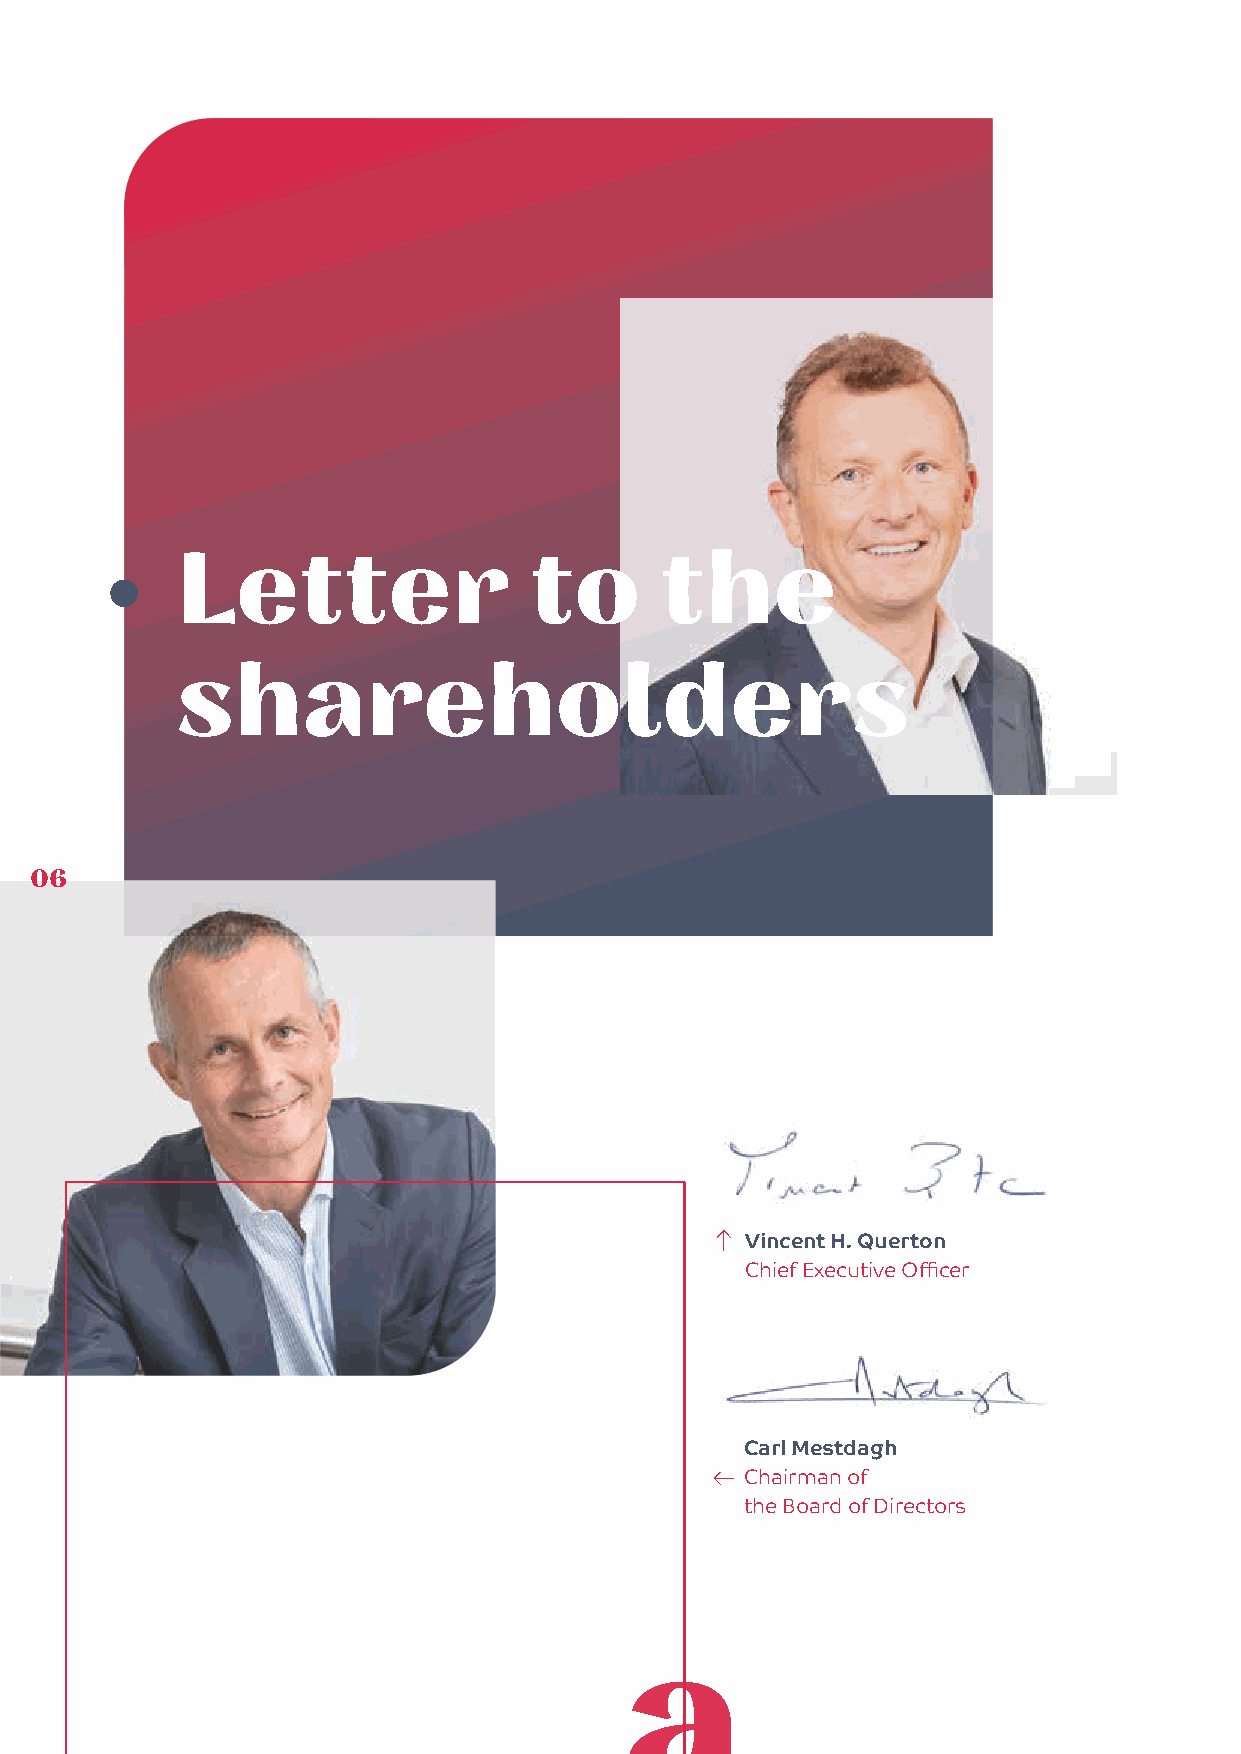
Letter                 to       the
 shareholders
 06
 Vincent H. Querton
 Chief Executive Officer
 Carl Mestdagh
 Chairman of
 the Board of Directors